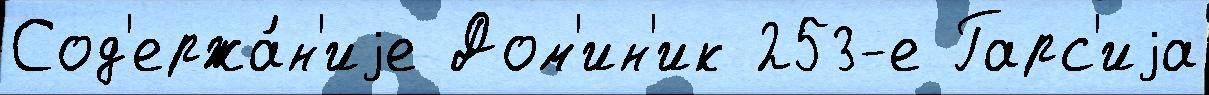
Сод'ержа́н'иjе Дом'ин'ик 253-е Гарс'иjа